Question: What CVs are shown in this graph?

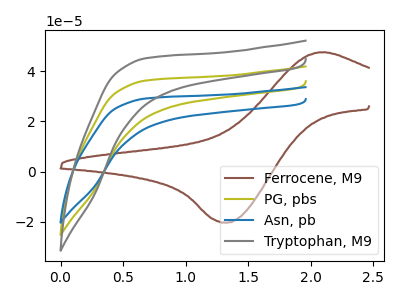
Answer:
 <answer>The brown curve is labeled "Ferrocene, M9". The olive curve is labeled "PG, pbs". The blue curve is labeled "Asn, pb". The gray curve is labeled "Tryptophan, M9".</answer>
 <eval></eval>